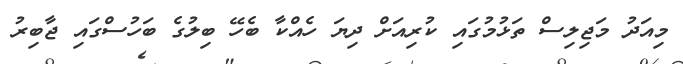
މިއަދު މަޖިލިސް ތަޅުމުގައި ކުރިއަށް ދިޔަ ހެއްކާ ބެހޭ ބިލުގެ ބަހުސްގައި ޖާބިރު